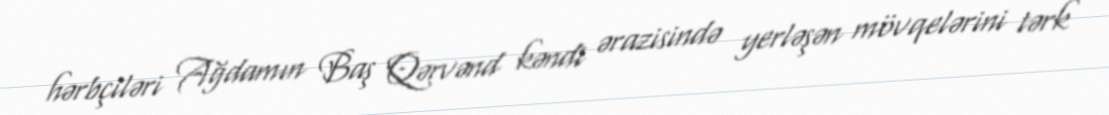
hərbçiləri Ağdamın Baş Qərvənd kəndi ərazisində yerləşən mövqelərini tərk